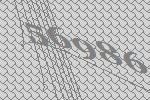
56986